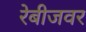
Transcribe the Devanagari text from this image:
रेबीजवर